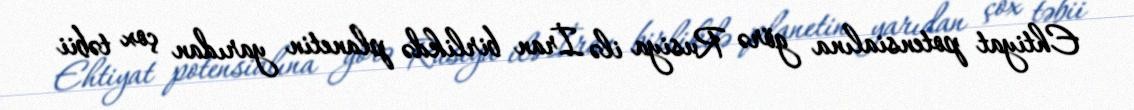
Ehtiyat potensialına görə Rusiya ilə İran birlikdə planetin yarıdan çox təbii